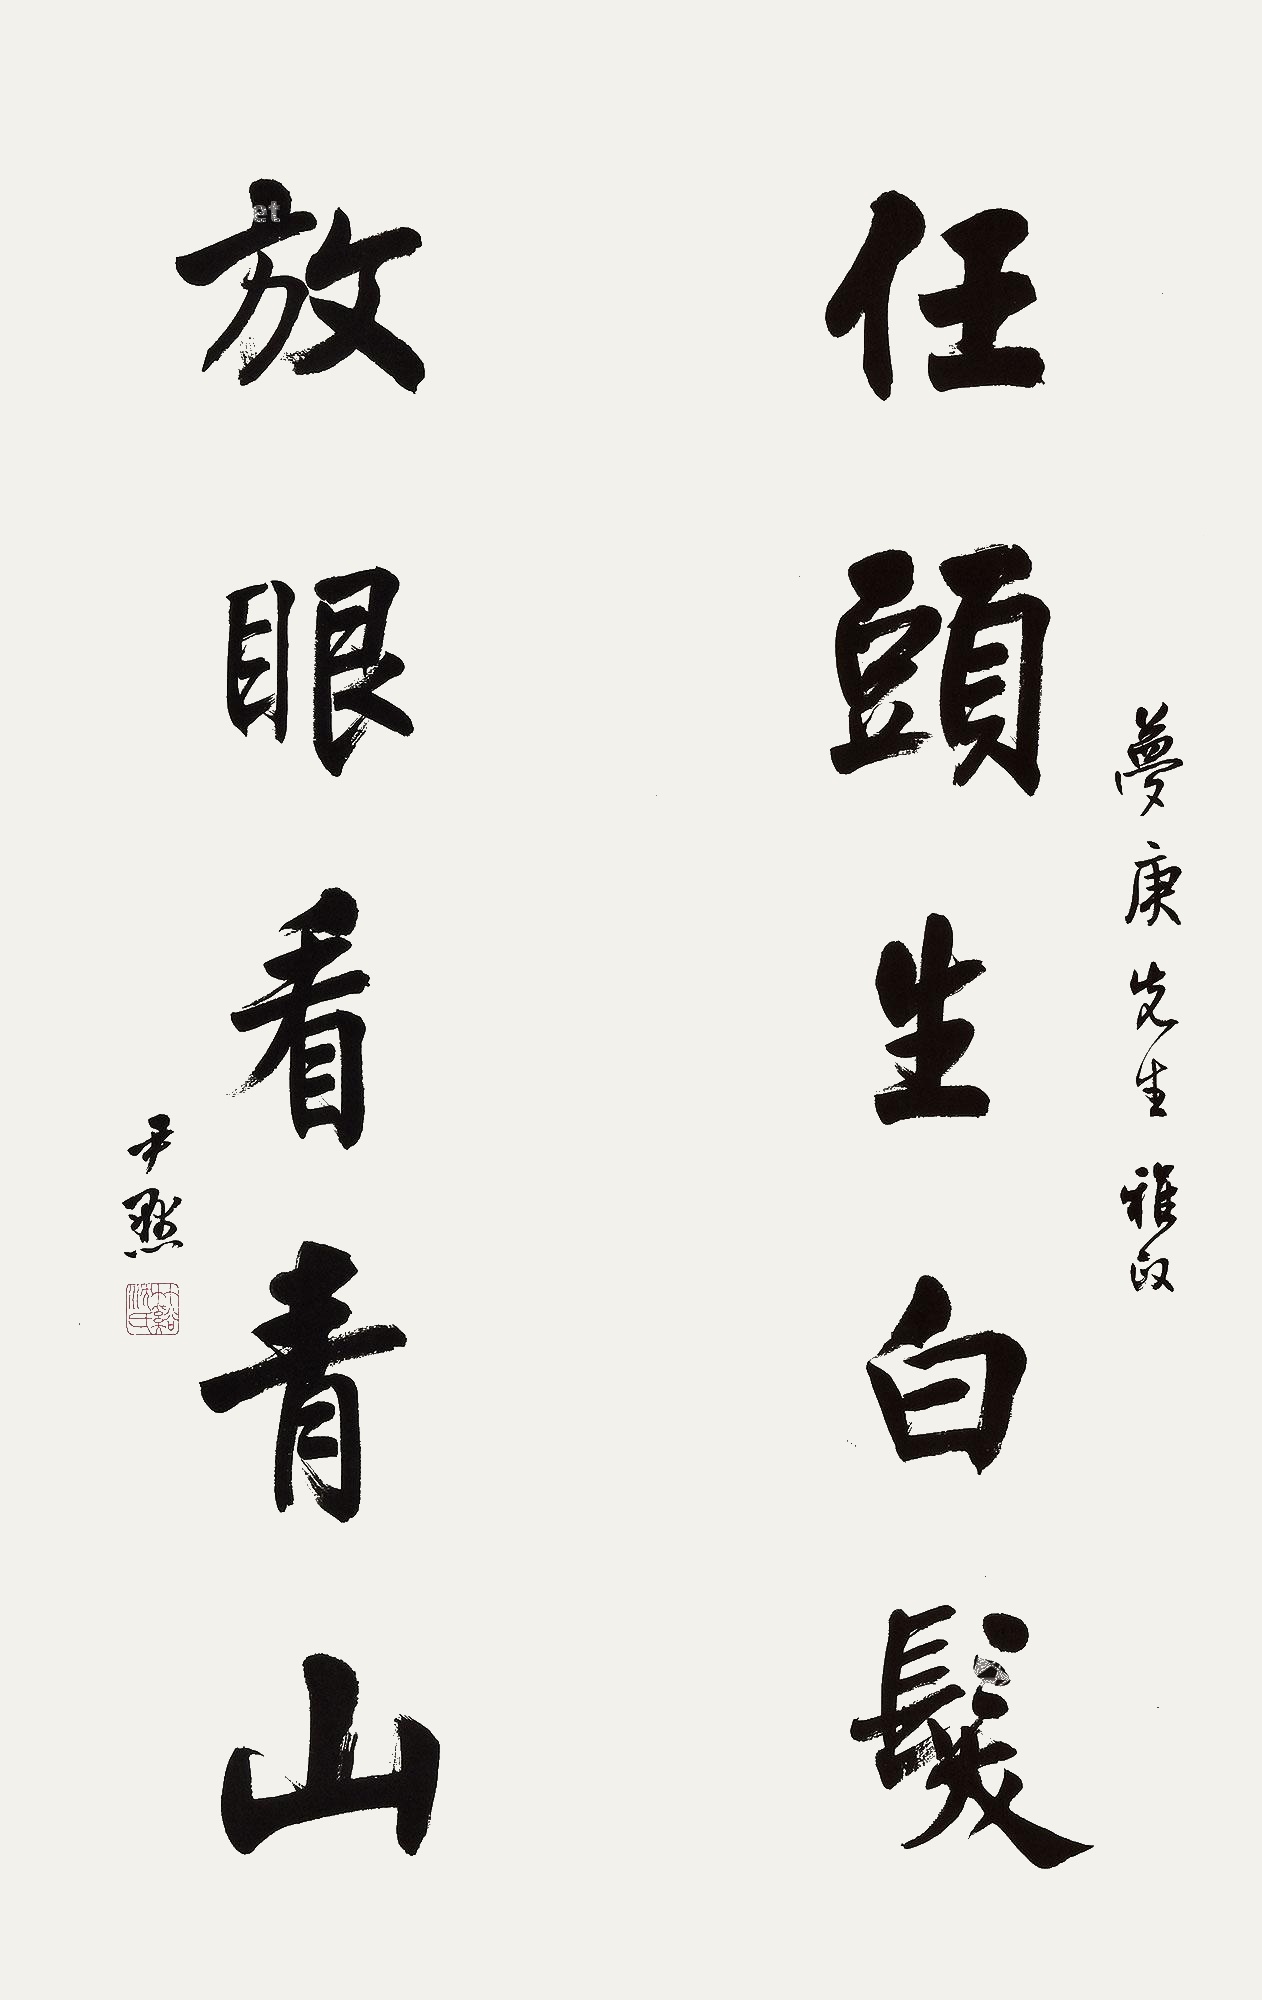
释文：任头生白发，放眼看青山。梦庚先生雅政，尹默。